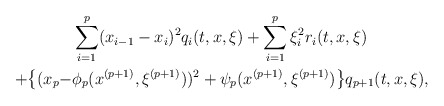
\begin{align*}&\sum_{i=1}^p(x_{i-1}-x_i)^2q_i(t, x,\xi)+\sum_{i=1}^p\xi_i^2r_i(t, x,\xi)\\+\big\{(x_p-&\phi_p(x^{(p+1)}, \xi^{(p+1)}))^2+\psi_p(x^{(p+1)}, \xi^{(p+1)})\big\}q_{p+1}(t, x,\xi),\end{align*}